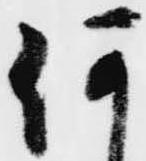
何